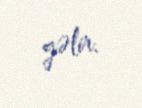
gəlir.